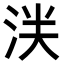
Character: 𬇥